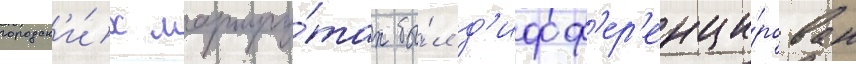
городск'и́х маршру́тах бы́л д'ифф'ер'енци́рован